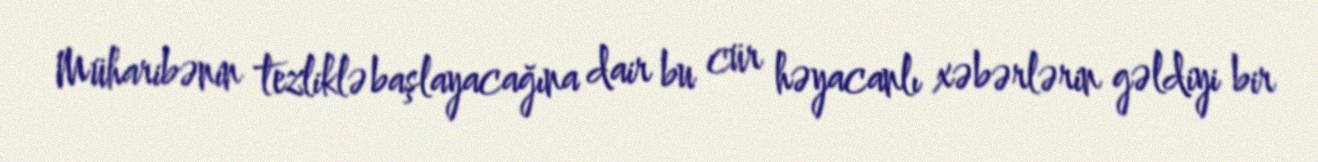
Müharibənin tezliklə başlayacağına dair bu cür həyacanlı xəbərlərin gəldiyi bir